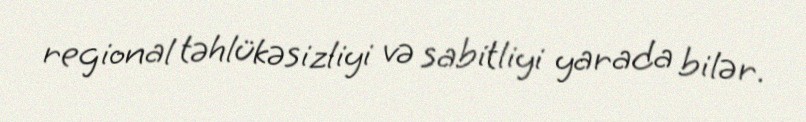
regional təhlükəsizliyi və sabitliyi yarada bilər.